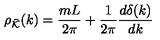
\rho _ { \bar { { \cal K } } } ( k ) = \frac { m L } { 2 \pi } + \frac { 1 } { 2 \pi } \frac { d \delta ( k ) } { d k }